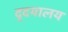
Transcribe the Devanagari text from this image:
दृदयालय